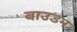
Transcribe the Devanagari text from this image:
बाउडन